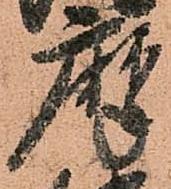
摩